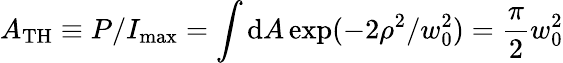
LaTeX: A_{\mathrm{TH}}\equiv P/I_{\mathrm{max}}=\int\mathrm{d}A\exp(-2\rho^{2}/w_{0}^{2})=\frac{\pi}{2}w_{0}^{2}